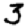
Digit: 3